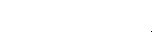
ပြောင်းလဲပေးရန်